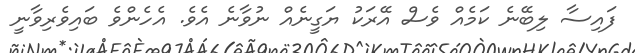
ފައިސާ ލިބޭނެ ކަމެއް ވެސް އޭރަކު ޔަގީނެއް ނުވާނެ އެވެ. އެހެންވެ ބައިވެރިވާނީ